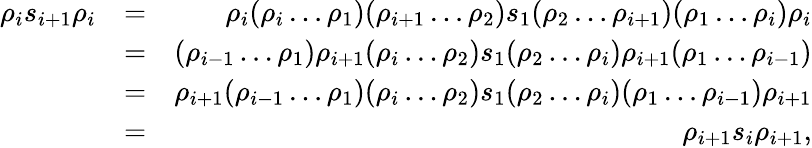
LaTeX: \begin{array}{rlr}{\rho_{i}s_{i+1}\rho_{i}}&{=}&{\rho_{i}(\rho_{i}\ldots\rho_{1})(\rho_{i+1}\ldots\rho_{2})s_{1}(\rho_{2}\ldots\rho_{i+1})(\rho_{1}\ldots\rho_{i})\rho_{i}}\\ &{=}&{(\rho_{i-1}\ldots\rho_{1})\rho_{i+1}(\rho_{i}\ldots\rho_{2})s_{1}(\rho_{2}\ldots\rho_{i})\rho_{i+1}(\rho_{1}\ldots\rho_{i-1})}\\ &{=}&{\rho_{i+1}(\rho_{i-1}\ldots\rho_{1})(\rho_{i}\ldots\rho_{2})s_{1}(\rho_{2}\ldots\rho_{i})(\rho_{1}\ldots\rho_{i-1})\rho_{i+1}}\\ &{=}&{\rho_{i+1}s_{i}\rho_{i+1},}\end{array}